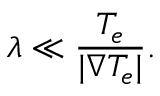
\lambda \ll \frac { T _ { e } } { | \nabla T _ { e } | } .